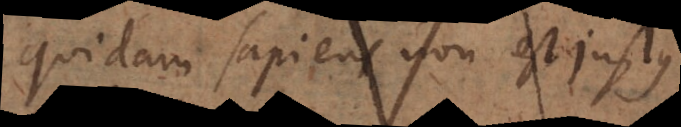
Quidam sapiens non est justus